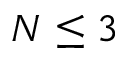
N \leq 3